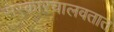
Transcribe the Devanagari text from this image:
सरकारचालवतात